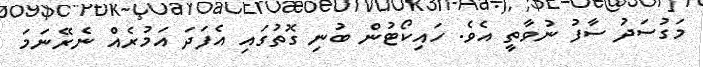
މަގުސަދު ސާފު ނުވާތީ އެވެ. ހައިކޯޓުން ބުނި ގޮތުގައި އެފަދަ އަމުރެއް ނެރޭނަމަ